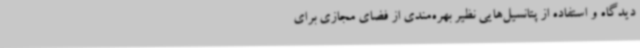
دیدگاه و استفاده از پتانسیل‌هایی نظیر بهره‌مندی از فضای مجازی برای